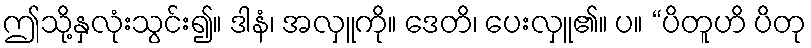
ဤသို့နှလုံးသွင်း၍။ ဒါနံ၊ အလှူကို။ ဒေတိ၊ ပေးလှူ၏။ ပ။ “ပိတူဟိ ပိတု